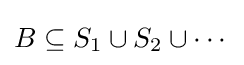
B\subseteq S_{1}\cup S_{2}\cup \cdots